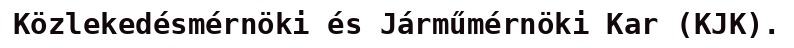
Közlekedésmérnöki és Járműmérnöki Kar (KJK).